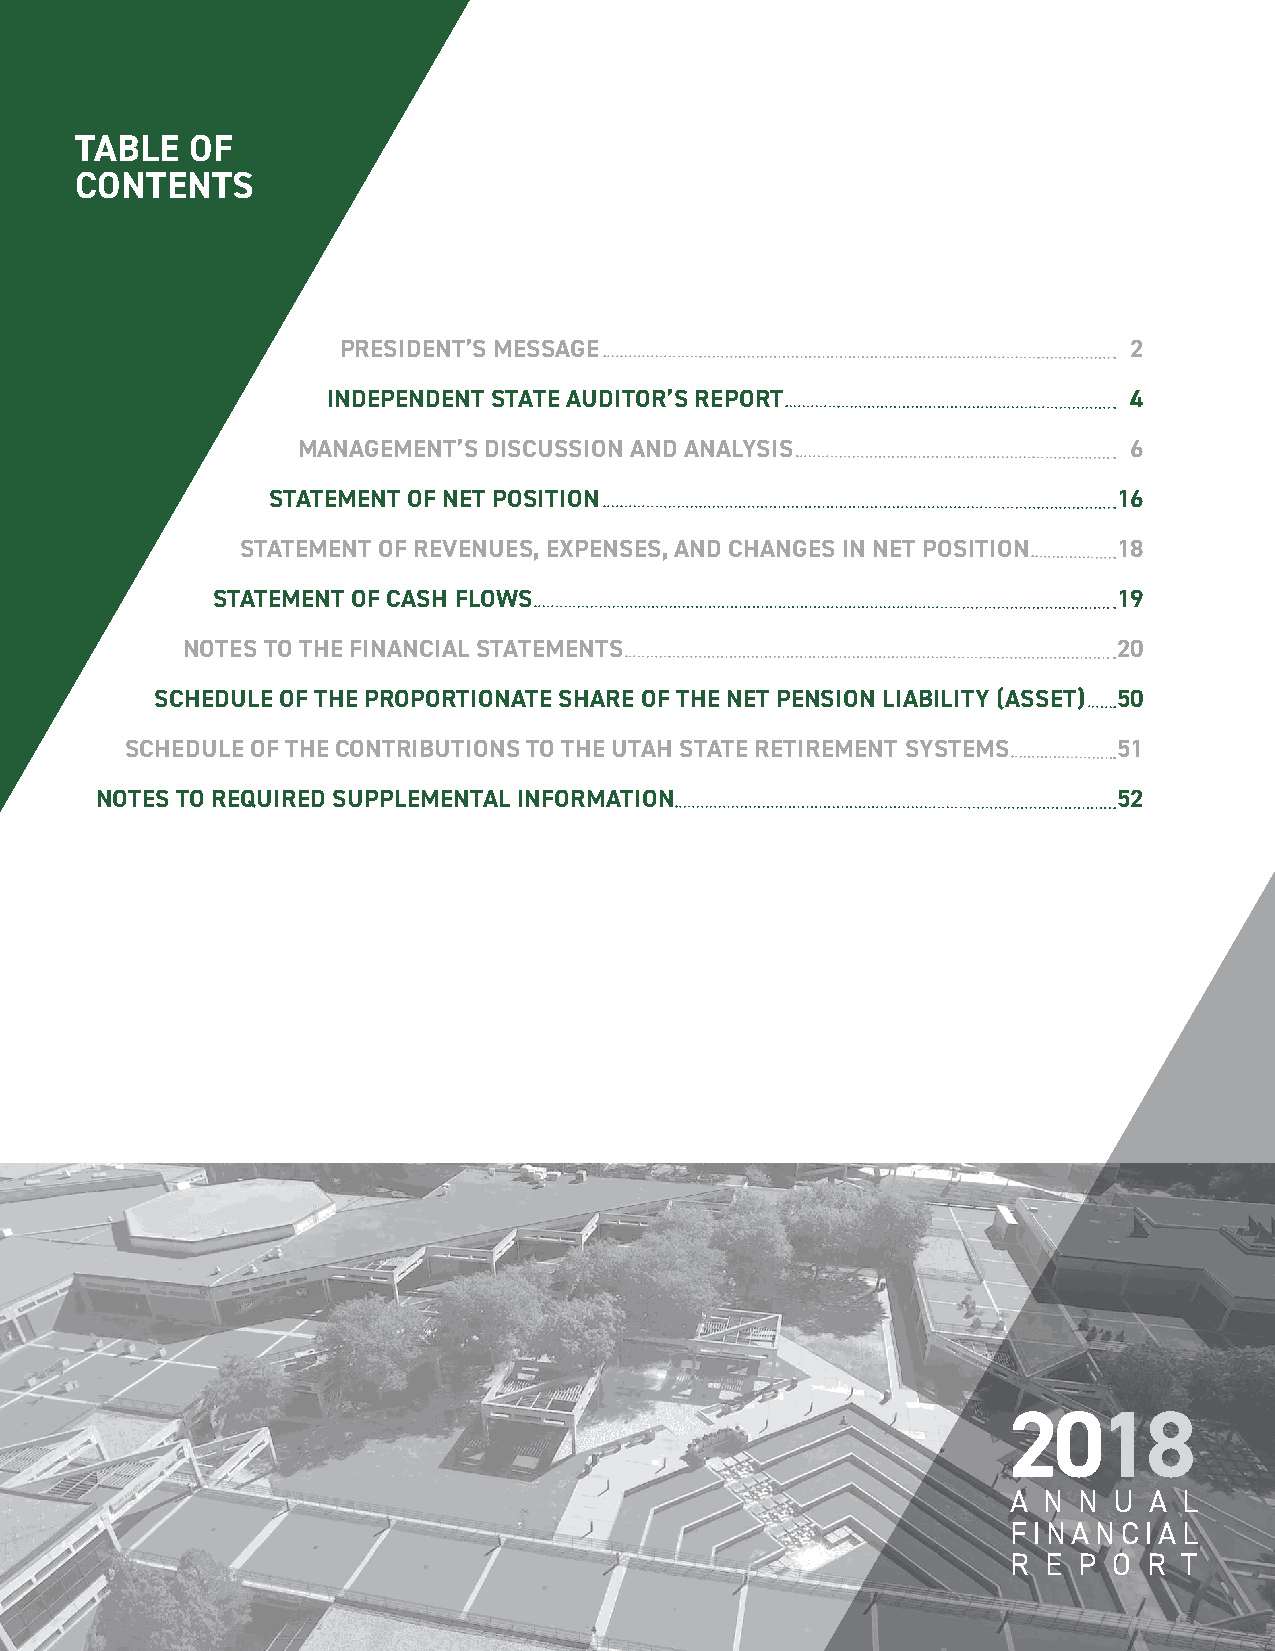
TABLE   OF
 CONTENTS
 PRESIDENT’S MESSAGE                                  2
 INDEPENDENT STATE AUDITOR’S REPORT                   4
 MANAGEMENT’S DISCUSSION AND ANALYSIS                   6
 STATEMENT OF NET POSITION                               16
 STATEMENT OF REVENUES, EXPENSES, AND CHANGES IN NET POSITION 18
 STATEMENT OF CASH FLOWS                                     19
 NOTES TO THE FINANCIAL STATEMENTS                             20
 SCHEDULE OF THE PROPORTIONATE SHARE OF THE NET PENSION LIABILITY (ASSET) 50
 SCHEDULE OF THE CONTRIBUTIONS TO THE UTAH STATE RETIREMENT SYSTEMS 51
 NOTES TO REQUIRED SUPPLEMENTAL INFORMATION                          52
 2018
 A N N  U A L
 FINANCIAL
 R E P  O R T